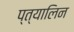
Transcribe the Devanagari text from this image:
प्त्यालिन